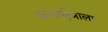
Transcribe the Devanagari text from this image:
कलाक्षेत्राला